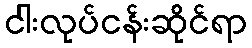
ငါးလုပ်ငန်းဆိုင်ရာ